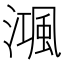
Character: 𣽝